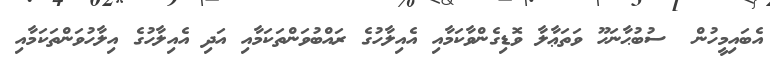
އެބައިމީހުން  ސުބުޙާނަހޫ ވަތަޢާލާ ވޮޑިގެންވާކަމާއި އެއިލާހުގެ ރައްބުވަންތަކަމާއި އަދި އެއިލާހުގެ އިލާހުވަންތަކަމާއި